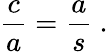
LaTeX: {\frac{c}{a}}={\frac{a}{s}}\ .